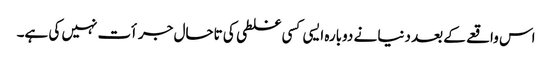
اس واقعے کے بعد دنیا نے دوبارہ ایسی کسی غلطی کی تاحال جرأت نہیں کی ہے۔